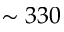
\sim 3 3 0